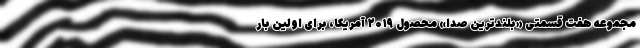
مجموعه هفت قسمتی «بلندترین صدا» محصول ۲۰۱۹ آمریکا، برای اولین بار